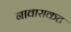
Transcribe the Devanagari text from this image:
नावासकट